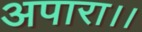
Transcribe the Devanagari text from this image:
अपारा।।